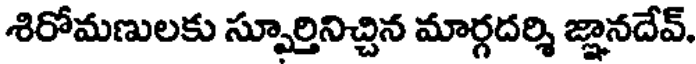
శిరోమణులకు స్పూర్తినిచ్చిన మార్గదర్శి జ్ఞానదేవ్,